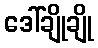
ဒေါ်ချိုချို